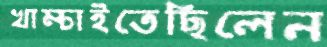
খাম্‌চাইতেছিলেন